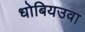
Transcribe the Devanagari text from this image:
धोबियउवा